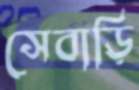
সেবাড়ি